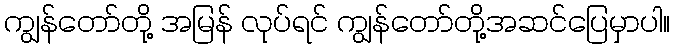
ကျွန်တော်တို့ အမြန် လုပ်ရင် ကျွန်တော်တို့အဆင်ပြေမှာပါ။